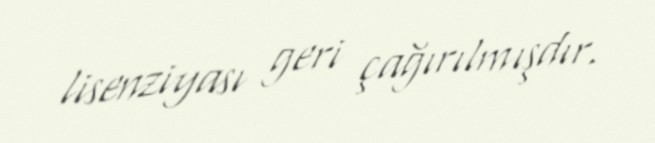
lisenziyası geri çağırılmışdır.